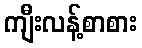
ကျီးလန့်စာစား